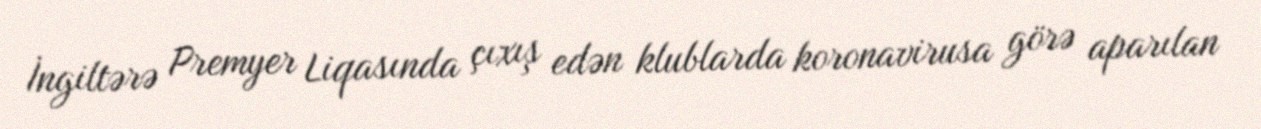
İngiltərə Premyer Liqasında çıxış edən klublarda koronavirusa görə aparılan